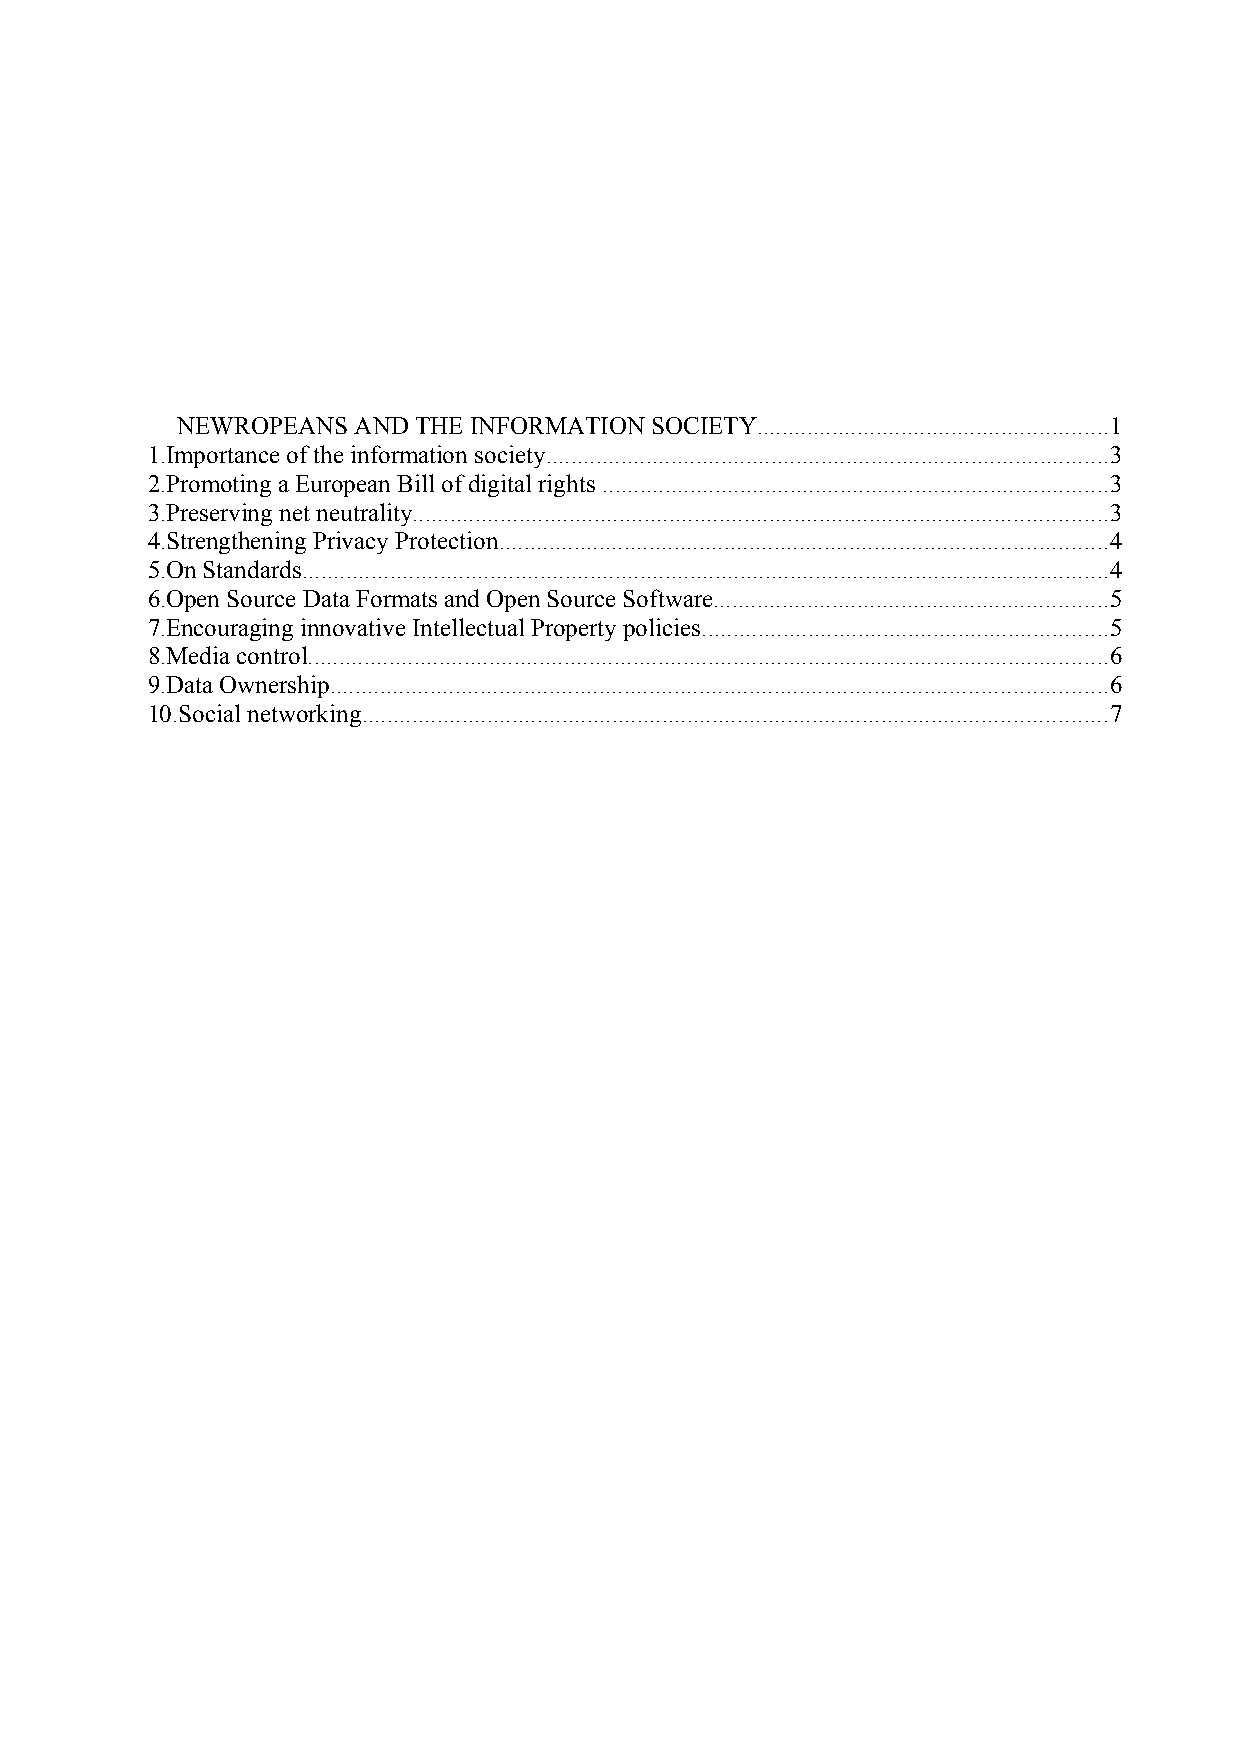
NEWROPEANS AND THE INFORMATION SOCIETY........................................................1
 1.Importance of the information society..........................................................................................3
 2.Promoting a European Bill of digital rights .................................................................................3
 3.Preserving net neutrality...............................................................................................................3
 4.Strengthening Privacy Protection.................................................................................................4
 5.On Standards.................................................................................................................................4
 6.Open Source Data Formats and Open Source Software...............................................................5
 7.Encouraging innovative Intellectual Property policies.................................................................5
 8.Media control................................................................................................................................6
 9.Data Ownership............................................................................................................................6
 10.Social networking.......................................................................................................................7